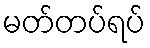
မတ်တပ်ရပ်